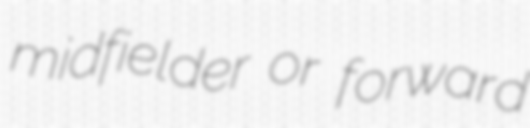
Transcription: midfielder or forward